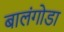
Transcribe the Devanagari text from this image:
बालंगोडा